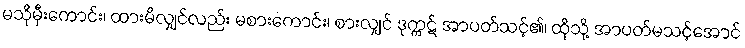
မသိုမှီးကောင်း၊ ထားမိလျှင်လည်း မစားကောင်း၊ စားလျှင် ဒုက္ကဋ် အာပတ်သင့်၏၊ ထိုသို့ အာပတ်မသင့်အောင်